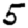
Digit: 5